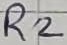
Text: R2